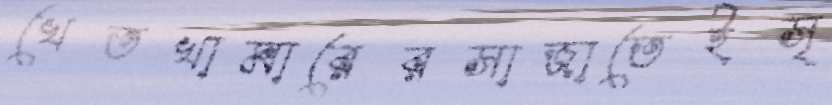
খেতখামারেরসাজাতেইসৃ